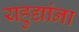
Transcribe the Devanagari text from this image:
यहुद्यांना